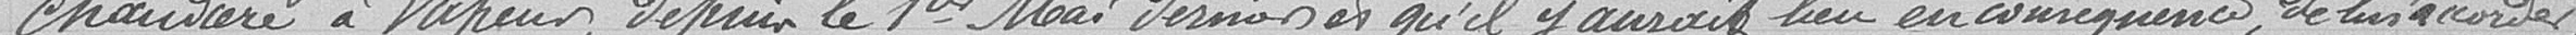
chaudière à vapeur, depuis le 1er mai dernier et qu'il y aurait lieu en conséquence de lui accorder